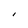
Character: I